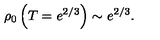
\rho _ { 0 } \left( T = e ^ { 2 / 3 } \right) \sim e ^ { 2 / 3 } .